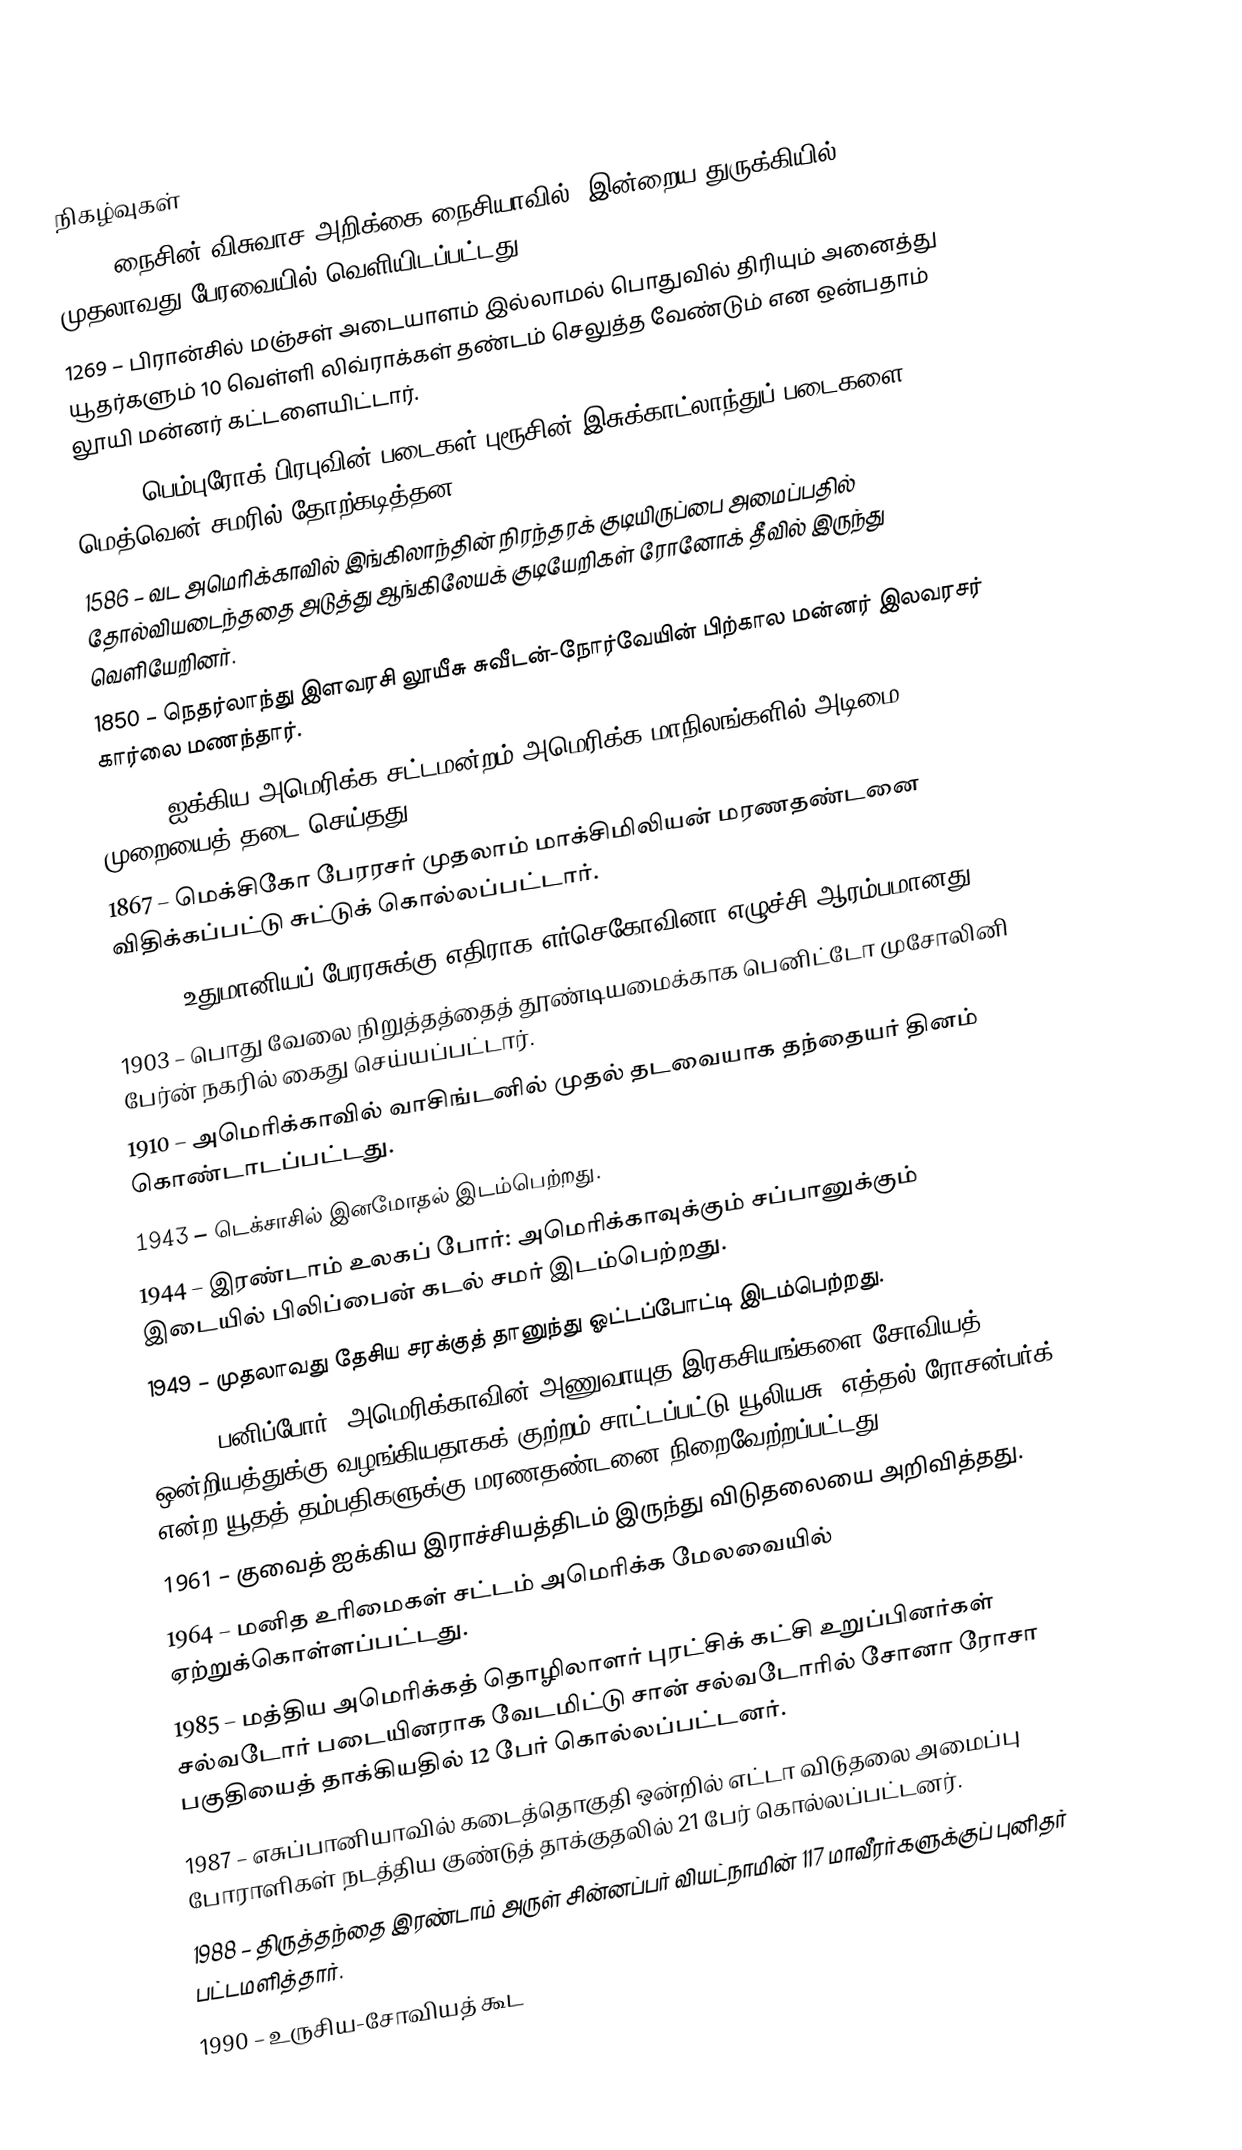

நிகழ்வுகள்
325 – நைசின் விசுவாச அறிக்கை நைசியாவில் (இன்றைய துருக்கியில்) முதலாவது பேரவையில் வெளியிடப்பட்டது.
1269 – பிரான்சில் மஞ்சள் அடையாளம் இல்லாமல் பொதுவில் திரியும் அனைத்து யூதர்களும் 10 வெள்ளி லிவ்ராக்கள் தண்டம் செலுத்த வேண்டும் என ஒன்பதாம் லூயி மன்னர் கட்டளையிட்டார்.
1306 – பெம்புரோக் பிரபுவின் படைகள் புரூசின் இசுக்காட்லாந்துப் படைகளை மெத்வென் சமரில் தோற்கடித்தன.
1586 – வட அமெரிக்காவில் இங்கிலாந்தின் நிரந்தரக் குடியிருப்பை அமைப்பதில் தோல்வியடைந்ததை அடுத்து ஆங்கிலேயக் குடியேறிகள் ரோனோக் தீவில் இருந்து வெளியேறினர்.
1850 – நெதர்லாந்து இளவரசி லூயீசு சுவீடன்-நோர்வேயின் பிற்கால மன்னர் இலவரசர் கார்லை மணந்தார்.
1862 – ஐக்கிய அமெரிக்க சட்டமன்றம் அமெரிக்க மாநிலங்களில் அடிமை முறையைத் தடை செய்தது.
1867 – மெக்சிகோ பேரரசர் முதலாம் மாக்சிமிலியன் மரணதண்டனை விதிக்கப்பட்டு சுட்டுக் கொல்லப்பட்டார்.
1875 – உதுமானியப் பேரரசுக்கு எதிராக எர்செகோவினா எழுச்சி ஆரம்பமானது.
1903 – பொது வேலை நிறுத்தத்தைத் தூண்டியமைக்காக பெனிட்டோ முசோலினி பேர்ன் நகரில் கைது செய்யப்பட்டார்.
1910 – அமெரிக்காவில் வாசிங்டனில் முதல் தடவையாக தந்தையர் தினம் கொண்டாடப்பட்டது.
1943 – டெக்சாசில் இனமோதல் இடம்பெற்றது.
1944 – இரண்டாம் உலகப் போர்: அமெரிக்காவுக்கும் சப்பானுக்கும் இடையில் பிலிப்பைன் கடல் சமர் இடம்பெற்றது.
1949 – முதலாவது தேசிய சரக்குத் தானுந்து ஓட்டப்போட்டி இடம்பெற்றது.
1953 – பனிப்போர்: அமெரிக்காவின் அணுவாயுத இரகசியங்களை சோவியத் ஒன்றியத்துக்கு வழங்கியதாகக் குற்றம் சாட்டப்பட்டு யூலியசு, எத்தல் ரோசன்பர்க் என்ற யூதத் தம்பதிகளுக்கு மரணதண்டனை நிறைவேற்றப்பட்டது.
1961 – குவைத் ஐக்கிய இராச்சியத்திடம் இருந்து விடுதலையை அறிவித்தது.
1964 – மனித உரிமைகள் சட்டம் அமெரிக்க மேலவையில் ஏற்றுக்கொள்ளப்பட்டது.
1985 – மத்திய அமெரிக்கத் தொழிலாளர் புரட்சிக் கட்சி உறுப்பினர்கள் சல்வடோர் படையினராக வேடமிட்டு சான் சல்வடோரில் சோனா ரோசா பகுதியைத் தாக்கியதில் 12 பேர் கொல்லப்பட்டனர்.
1987 – எசுப்பானியாவில் கடைத்தொகுதி ஒன்றில் எட்டா விடுதலை அமைப்பு போராளிகள் நடத்திய குண்டுத் தாக்குதலில் 21 பேர் கொல்லப்பட்டனர்.
1988 – திருத்தந்தை இரண்டாம் அருள் சின்னப்பர் வியட்நாமின் 117 மாவீரர்களுக்குப் புனிதர் பட்டமளித்தார்.
1990 – உருசிய-சோவியத் கூட